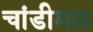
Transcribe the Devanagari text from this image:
चांडीमल